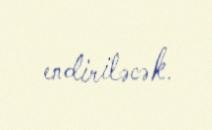
endiriləcək.